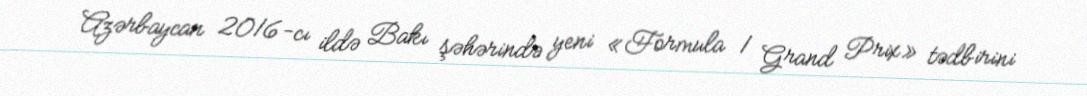
Azərbaycan 2016-cı ildə Bakı şəhərində yeni «Formula 1 Grand Prix» tədbirini